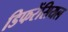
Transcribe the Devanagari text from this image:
डिफरेंसियल